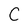
Character: C